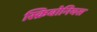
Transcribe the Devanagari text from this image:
स्क्रिबोनियस